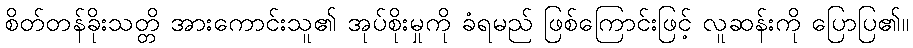
စိတ်တန်ခိုးသတ္တိ အားကောင်းသူ၏ အုပ်စိုးမှုကို ခံရမည် ဖြစ်ကြောင်းဖြင့် လူဆန်းကို ပြောပြ၏။